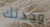
وجدتك